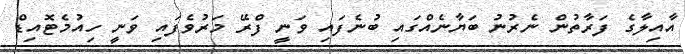
އާއިލާގެ ފަރާތުން ނެރުނު ބަޔާނެއްގައި ބުނެފައި ވަނީ ފްރޭ މަރުވެފައި ވަނީ ހިއުމެޓޮއިޑް